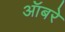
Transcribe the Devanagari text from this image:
ऑबरे